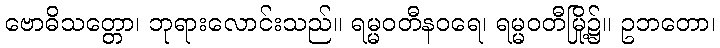
ဗောဓိသတ္တော၊ ဘုရားလောင်းသည်။ ရမ္မဝတီနဝရေ၊ ရမ္မဝတီမြို့၌။ ဥဘတော၊